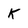
Character: k